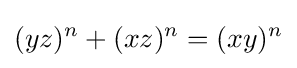
(yz)^{n}+(xz)^{n}=(xy)^{n}